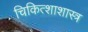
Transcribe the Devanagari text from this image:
चिकित्शाशास्त्र